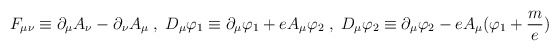
\begin{align*}F_{\mu \nu} \equiv \partial_{\mu} A_{\nu} - \partial_{\nu} A_{\mu} \; , \; D_{\mu} \varphi_1 \equiv \partial_{\mu} \varphi_1 + eA_{\mu} \varphi_2\; , \; D_{\mu} \varphi_2 \equiv \partial_{\mu} \varphi_2 - eA_{\mu} (\varphi_1 + \frac me)\end{align*}